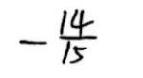
\(-\frac{14}{15}\)